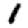
Digit: 1